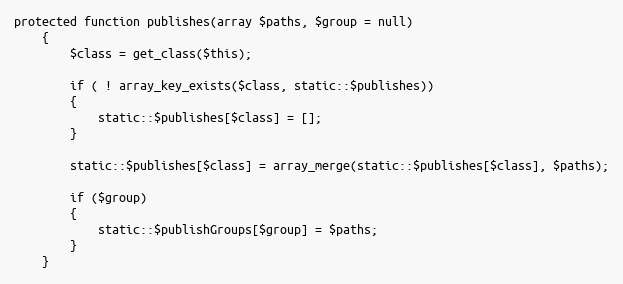
Language: PHP
protected function publishes(array $paths, $group = null)
	{
		$class = get_class($this);

		if ( ! array_key_exists($class, static::$publishes))
		{
			static::$publishes[$class] = [];
		}

		static::$publishes[$class] = array_merge(static::$publishes[$class], $paths);

		if ($group)
		{
			static::$publishGroups[$group] = $paths;
		}
	}